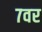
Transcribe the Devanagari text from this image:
७वर